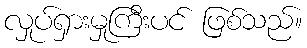
လှုပ်ရှားမှုကြီးပင် ဖြစ်သည်။